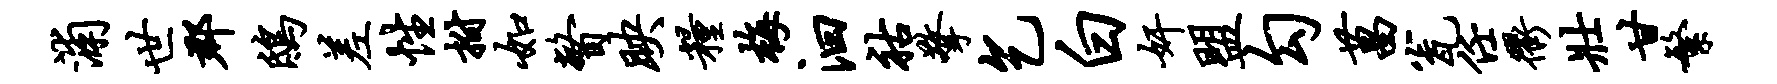
浦世郡鸱差性拊如瞥映粮梅汩祜擎乞白奸盟勾菖瓮任衢壮甘繁